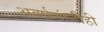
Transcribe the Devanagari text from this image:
अवर्षणांनीही